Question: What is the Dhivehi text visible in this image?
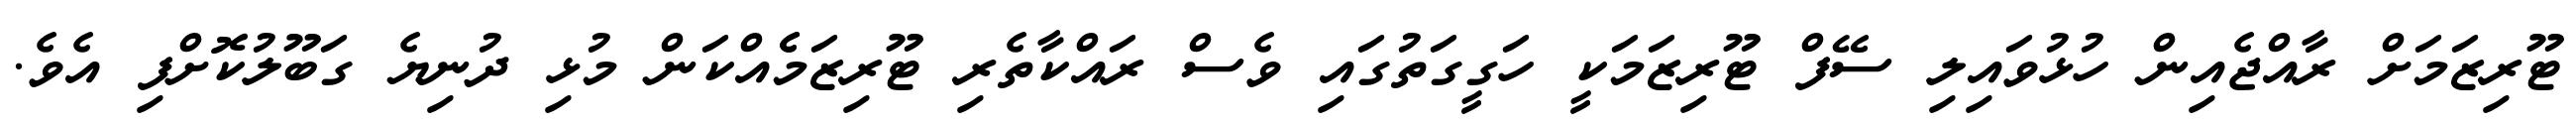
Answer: ޓޫރިޒަމަށް ރާއްޖެއިން ހުޅުވައިލި ސޭފް ޓޫރިޒަމަކީ ހަގީގަތުގައި ވެސް ރައްކާތެރި ޓޫރިޒަމެެއްކަން މުޅި ދުނިޔެ ގަބޫލުކޮށްފި އެވެ.